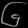
Digit: ၆